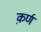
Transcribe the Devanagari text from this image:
क़र्ण